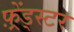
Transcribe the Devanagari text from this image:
फ़्रेंड्स्टर